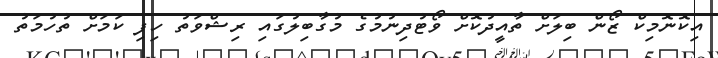
އިކޮނޮމިކް ޒޯން ބިލަށް ތާއީދުކޮށް ވޯޓުދިނުމުގެ މުގާބިލުގައި ރިޝްވަތު ހިފި ކަމަށް ތުހުމަތު